Source: Handwritten
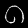
Digit: ၈ (8)